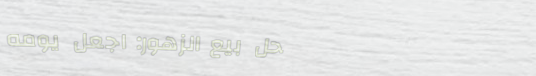
محل بيع الزهور: اجعل يومه